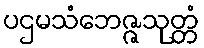
ပဌမသံဘေဇ္ဇသုတ္တံ